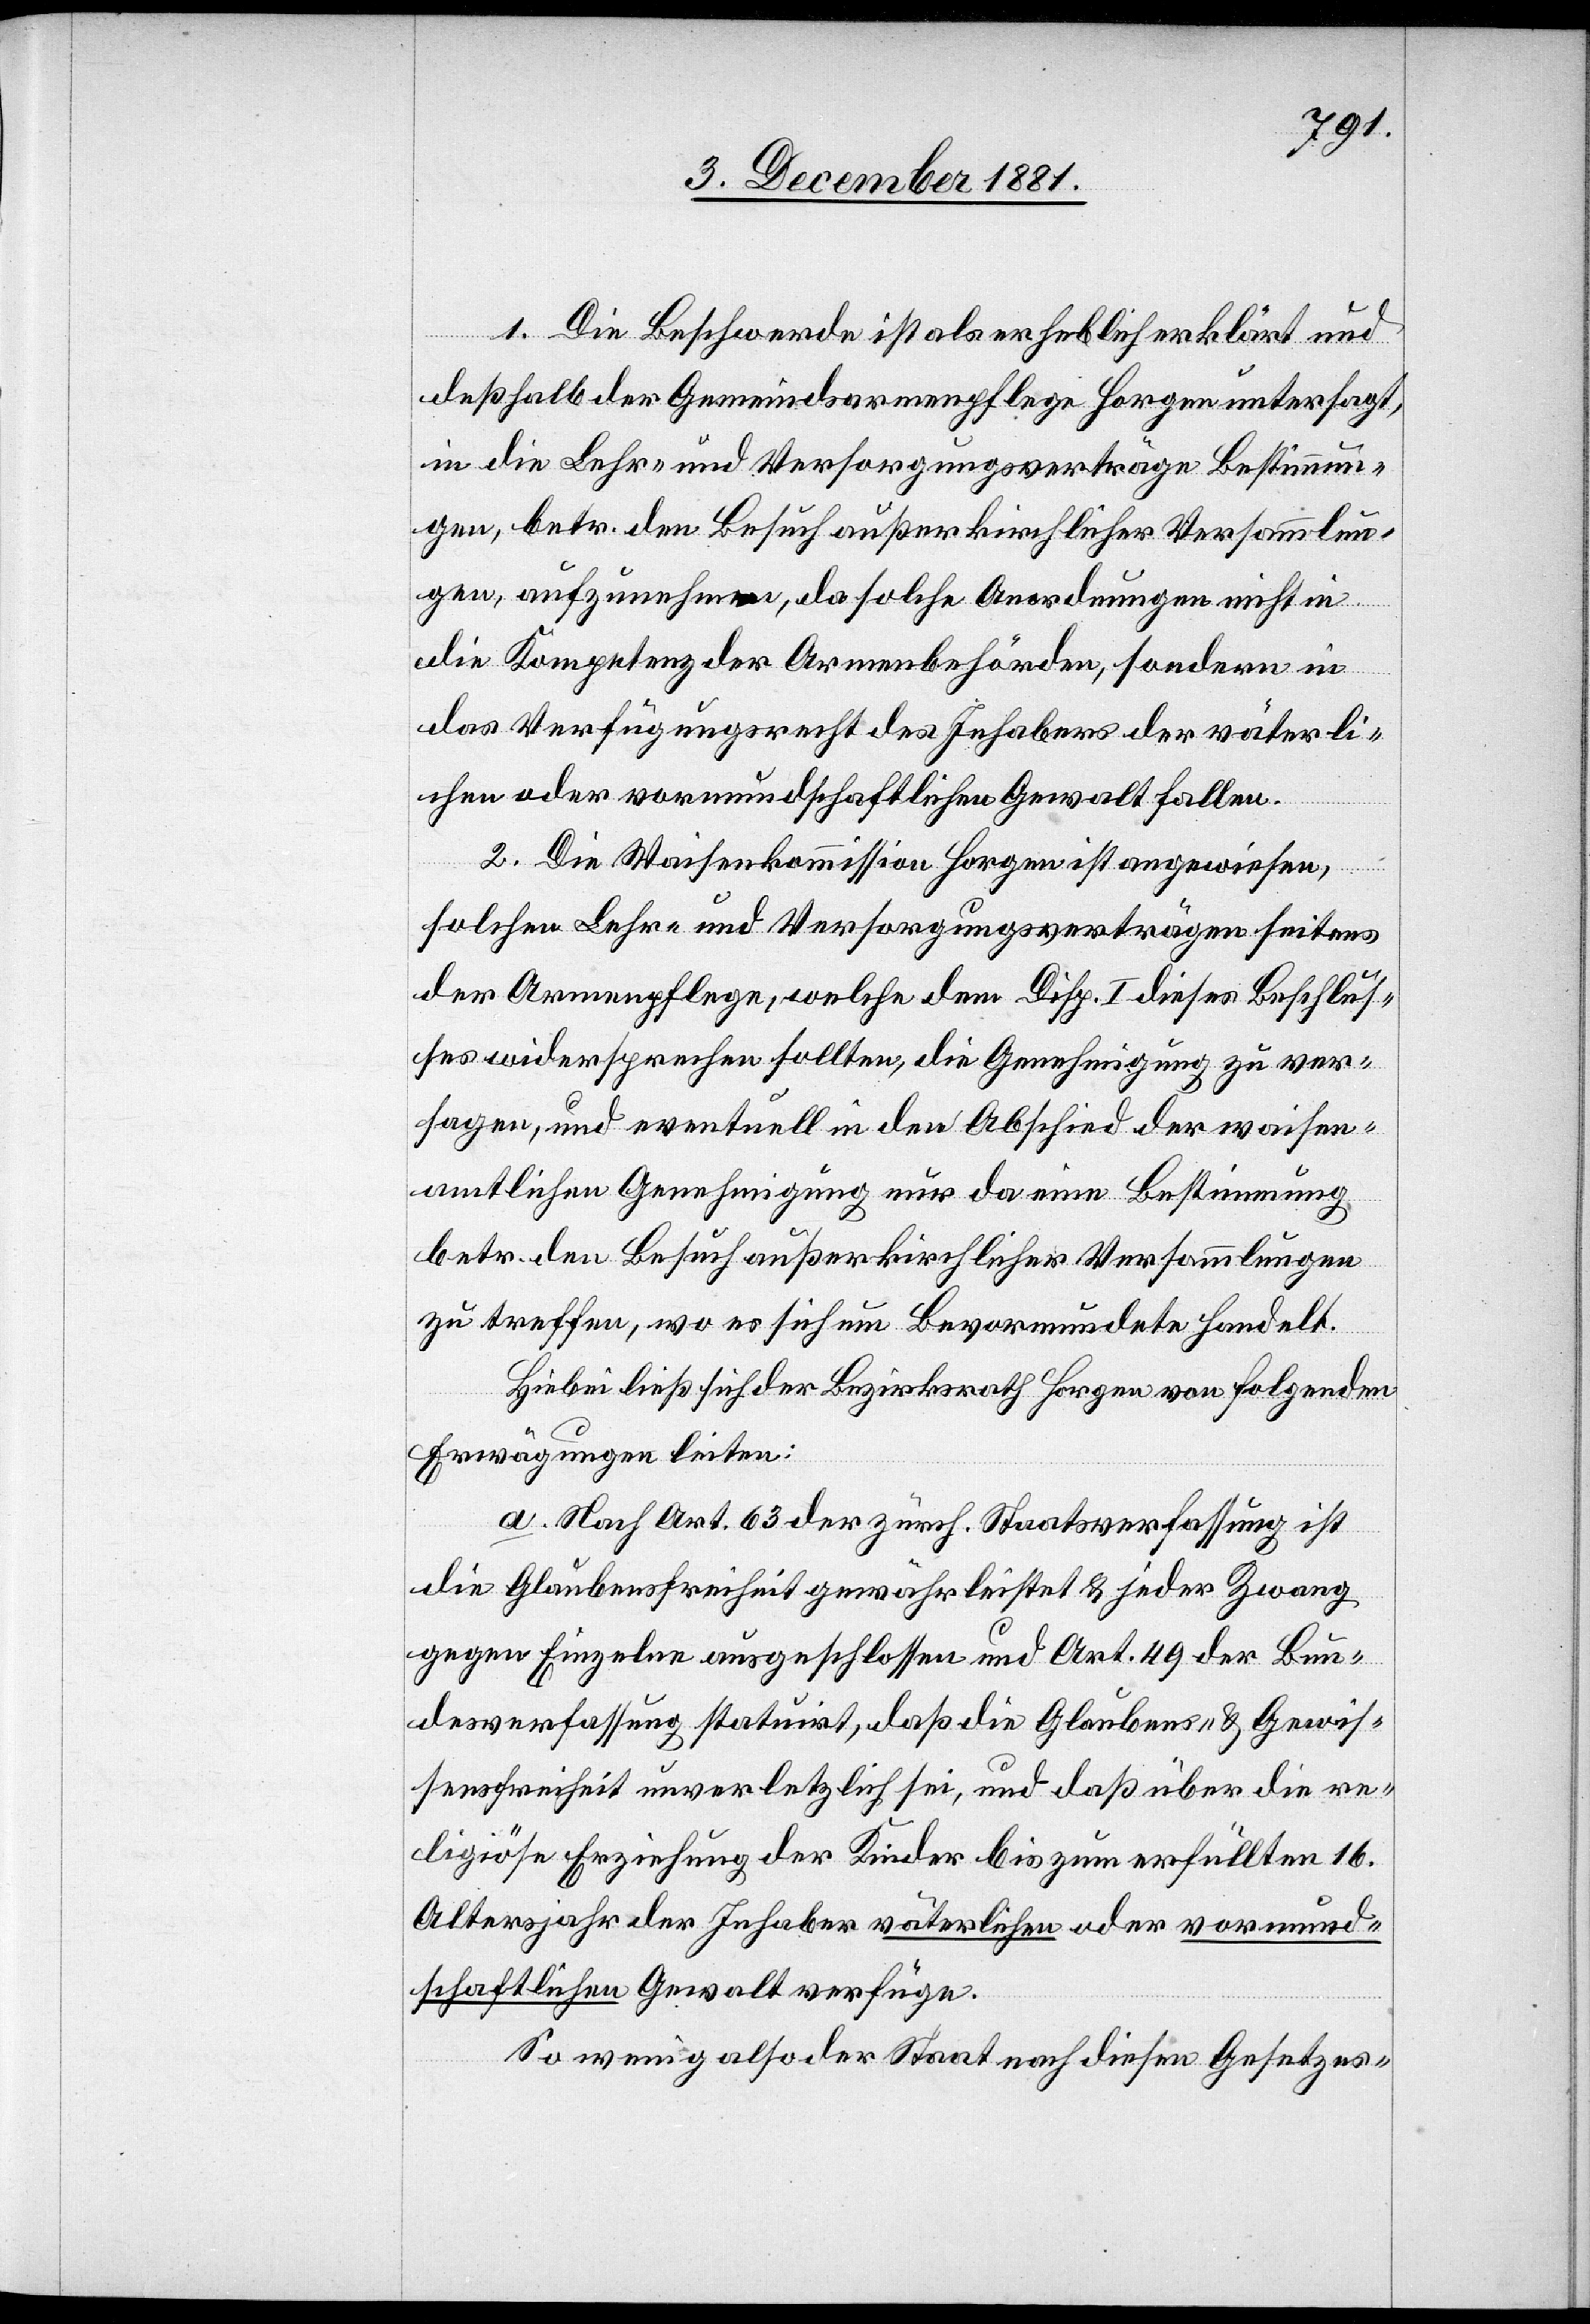
1. Die Beschwerde ist als erheblich erklärt und
deßhalb der Gemeindsarmenpflege Horgen untersagt,
in die Lehr- und Versorgungsverträge Bestimmun¬
gen, betr. den Besuch außerkirchlicher Versammlun¬
gen, aufzunehmen, da solche Anordnungen nicht in
die Kompetenz der Armenbehörden, sondern in
das Verfügungsrecht des Inhabers der väterli¬
chen oder vormundschaftlichen Gewalt falle.
2. Die Waisenkommission Horgen ist angewiesen,
solchen Lehr- und Versorgungsverträgen seitens
der Armenpflege, welche dem Disp. I dieses Beschlus¬
ses widersprechen sollten, die Genehmigung zu ver¬
sagen, und eventuell in den Abschied der waisen¬
amtlichen Genehmigung nur da eine Bestimmung
betr. den Besuch außerkirchlicher Versammlungen
zu treffen, wo es sich um Bevormundete handelt.
Hiebei ließ sich der Bezirksrath Horgen von folgenden
Erwägungen leiten:
a. Nach Art. 63 der zürch. Staatsverfassung ist
die Glaubensfreiheit gewährleistet & jeder Zwang
gegen Einzelne ausgeschlossen und Art. 49 der Bun¬
desverfassung statuirt, daß die Glaubens- & Gewis¬
sensfreiheit unverletzlich sei, und daß über die re¬
ligiöse Erziehung der Kinder bis zum erfüllten 16.
Altersjahr der Inhaber väterlichen oder vormund¬
schaftlichen Gewalt verfüge.
So wenig also der Staat nach diesen Gesetzes-